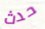
حدث